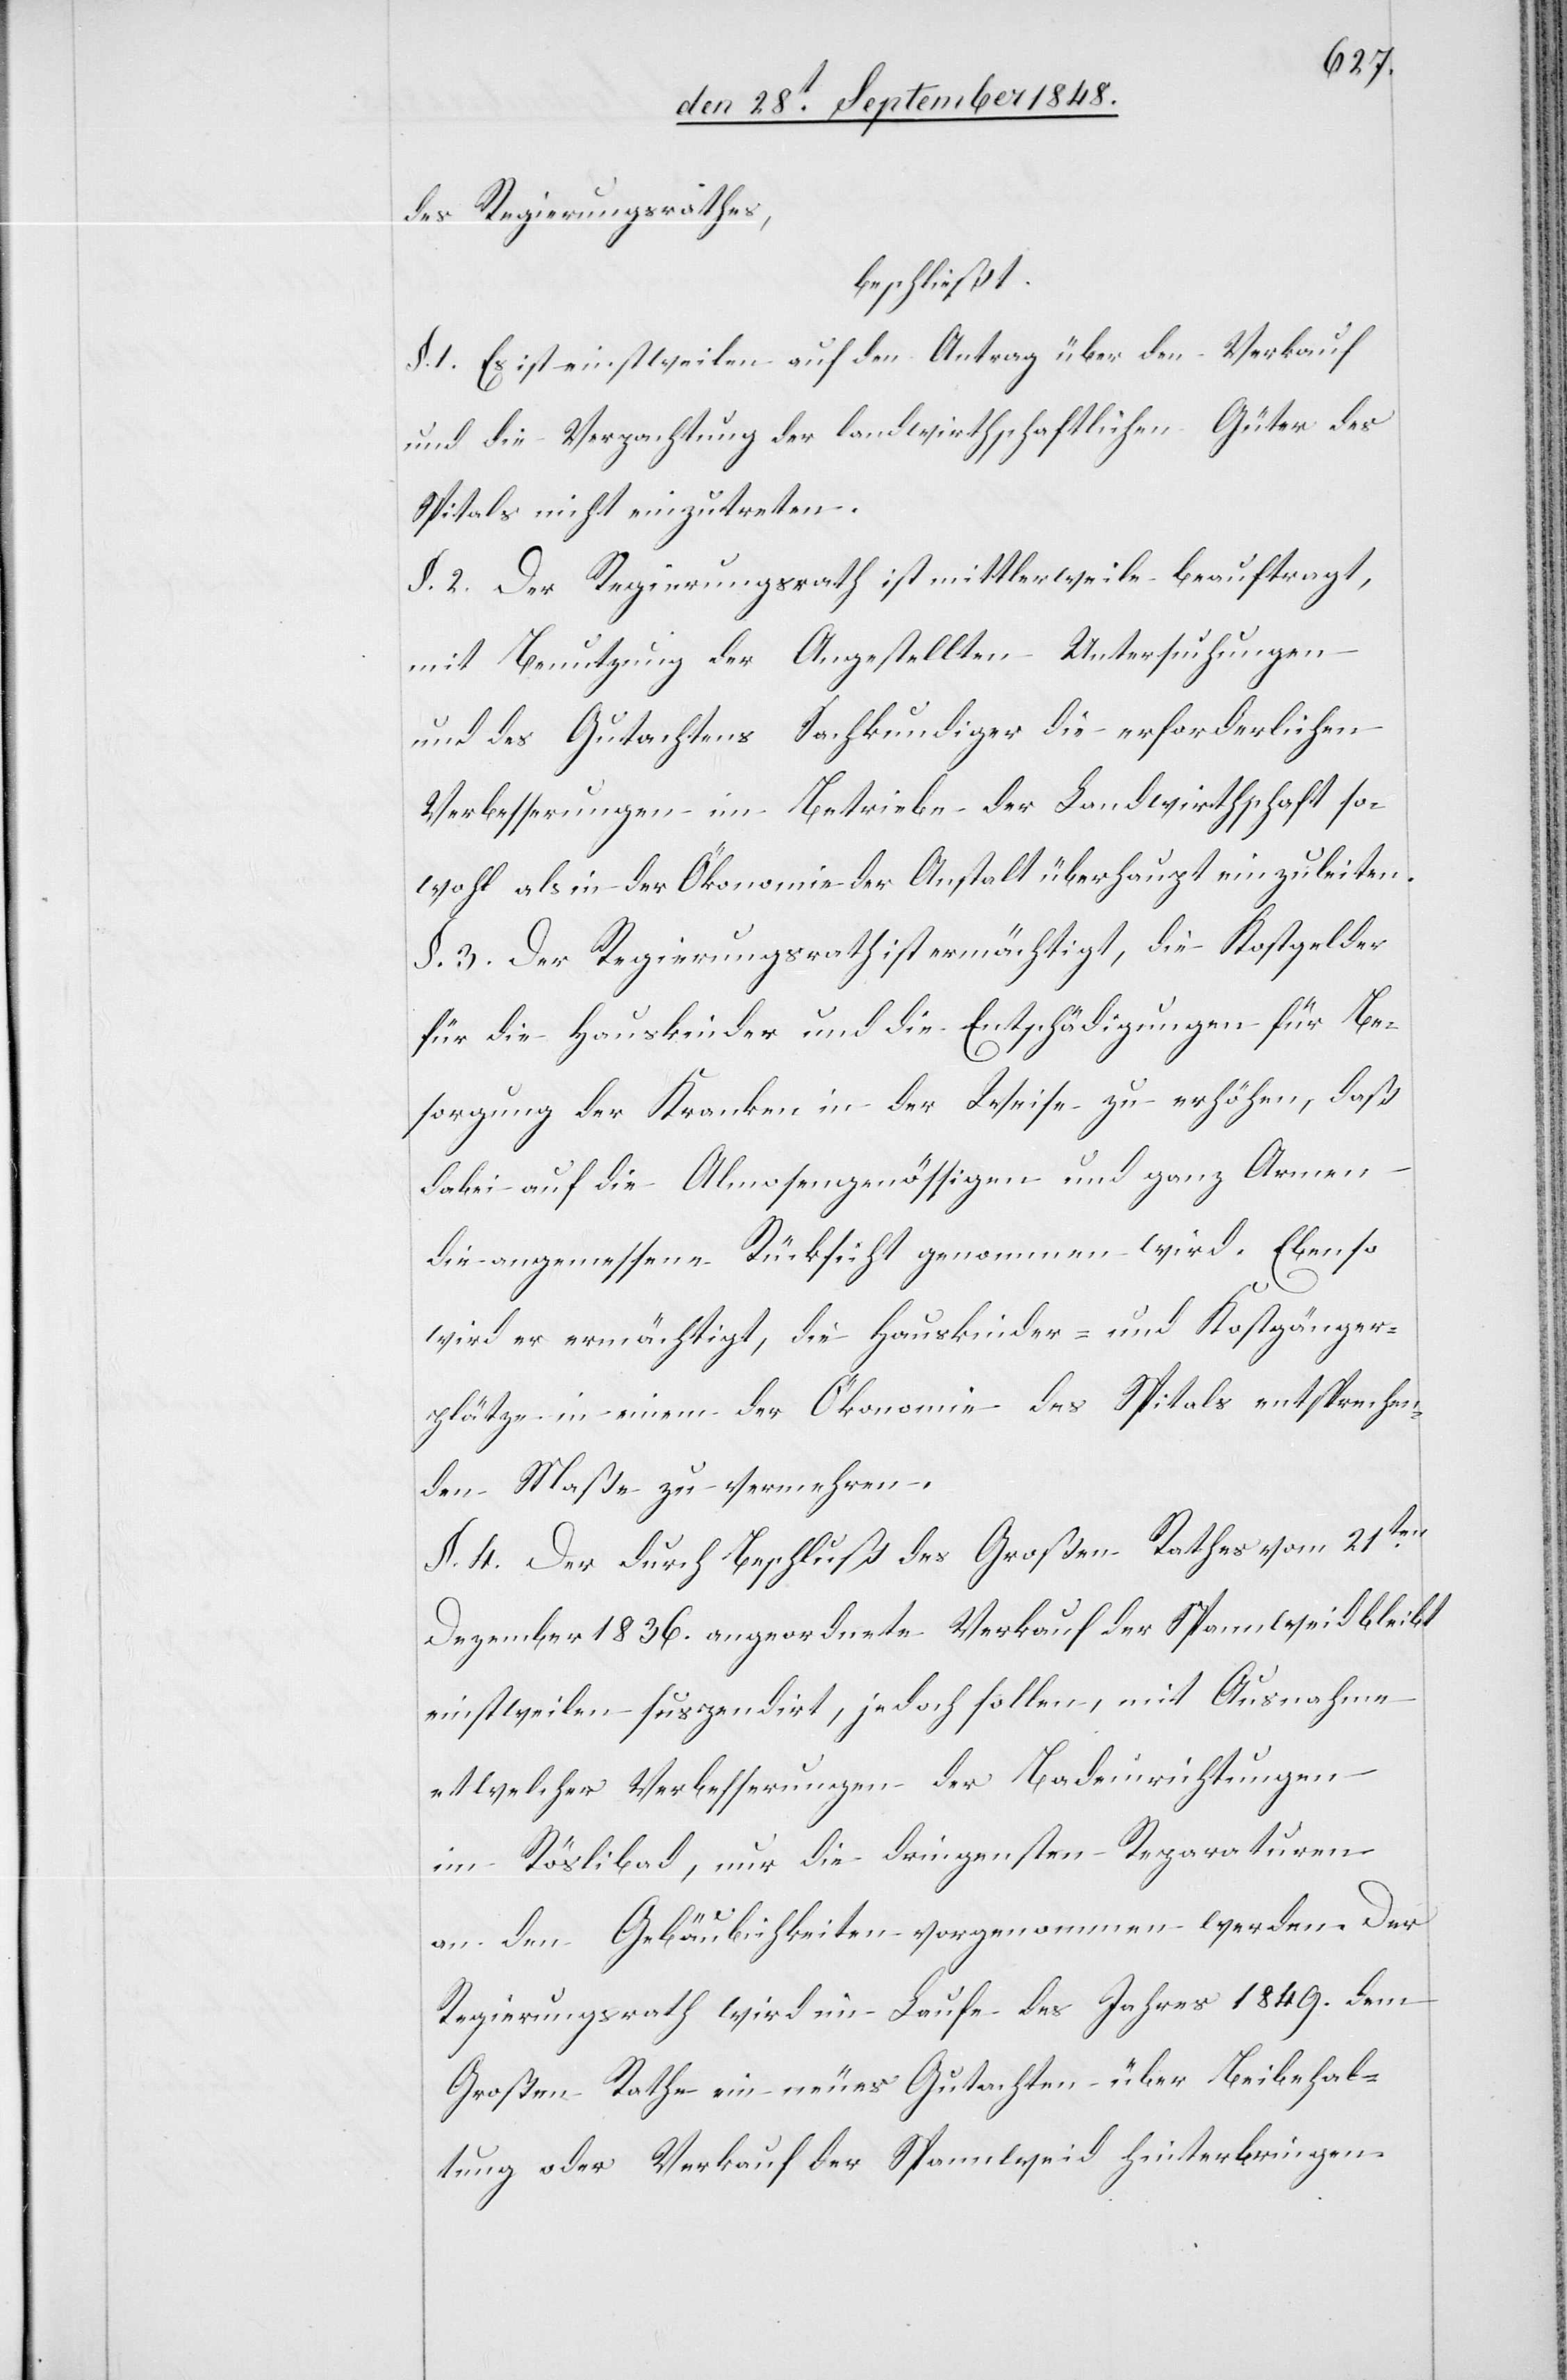
des Regierungsrathes,
beschließ
§. 1. Es ist einstweilen auf den Antrag über den Verkauf
und die Verpachtung der landwirthschaftlichen Güter des
Spitals nicht einzutreten.
§. 2. Der Regierungsrath ist mittlerweile beauftragt,
mit Benutzung der Angestellten Untersuchungen
und des Gutachtens Sachkundiger die erforderlichen
Verbesserungen im Betriebe der Landwirtschaft so¬
wohl als in der Ökonomie der Anstalt überhaupt einzuleiten.
§. 3. Der Regierungsrath ist ermächtigt, die Kostgelder
für die Hauskinder und die Entschädigungen für Be¬
sorgung der Kranken in der Weise zu erhöhen, daß
dabei auf die Almosengenössigen und ganz Armen
die angemessene Rücksicht genommen wird. Ebenso
wird er ermächtigt, die Hauskinder- und Kostgänger¬
plätze in einem der Ökonomie des Spitals entsprechen¬
den Maße zu vermehren.
§. 4. Der durch Beschluß des Großen Rathes vom 21ten.
Dezember 1836. angeordnete Verkauf der Spannweid bleibt
einstweilen suspendirt, jedoch sollen mit Ausnahme
etwelcher Verbesserungen der Badeinrichtungen
im Röslibad, nur die dringensten Reparaturen
an den Gebäulichkeiten vorgenommen werden. Der
Regierungsrath wird im Laufe des Jahres 1849. dem
Großen Rathe ein neues Gutachten über Beibehal¬
tung oder Verkauf der Spannweid hinterbringen.